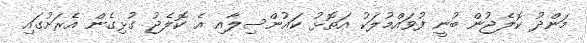
މަންދު ކޮލެޖުން ބުނީ ފުވައްމުލަކު އަތޮޅު ކައުންސިލާއި އެ ކޮލެޖު ގުޅިގެން އެރަށުގައި